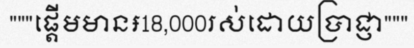
"""ផ្តើមមាន៛18,000រស់ដោយប្រាជ្ញា"""